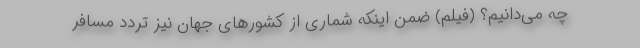
چه می‌دانیم؟ (فیلم) ضمن اینکه شماری از کشور‌های جهان نیز تردد مسافر